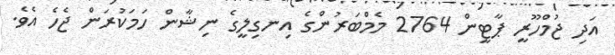
އަދި ޖުމްހޫރީ ޕާޓީން 2764 މެމްބަރުންގެ އިނގިލީގެ ނިޝާން ހަމަކުރަން ޖެހެ އެެވެ.